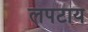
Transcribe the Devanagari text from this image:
लपटाय